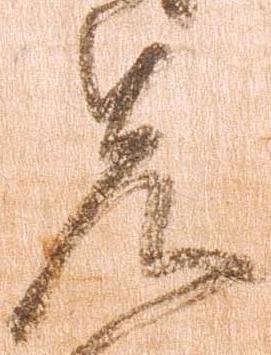
先